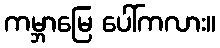
ကမ္ဘာမြေ ပေါ်ကလား။